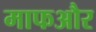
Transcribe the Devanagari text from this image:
माफऔर